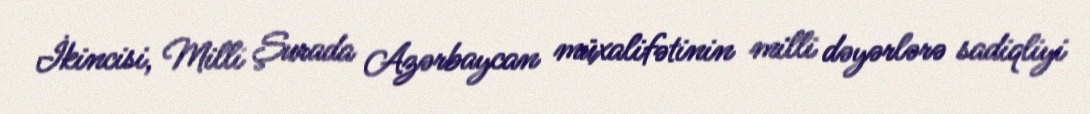
İkincisi, Milli Şurada Azərbaycan müxalifətinin milli dəyərlərə sadiqliyi